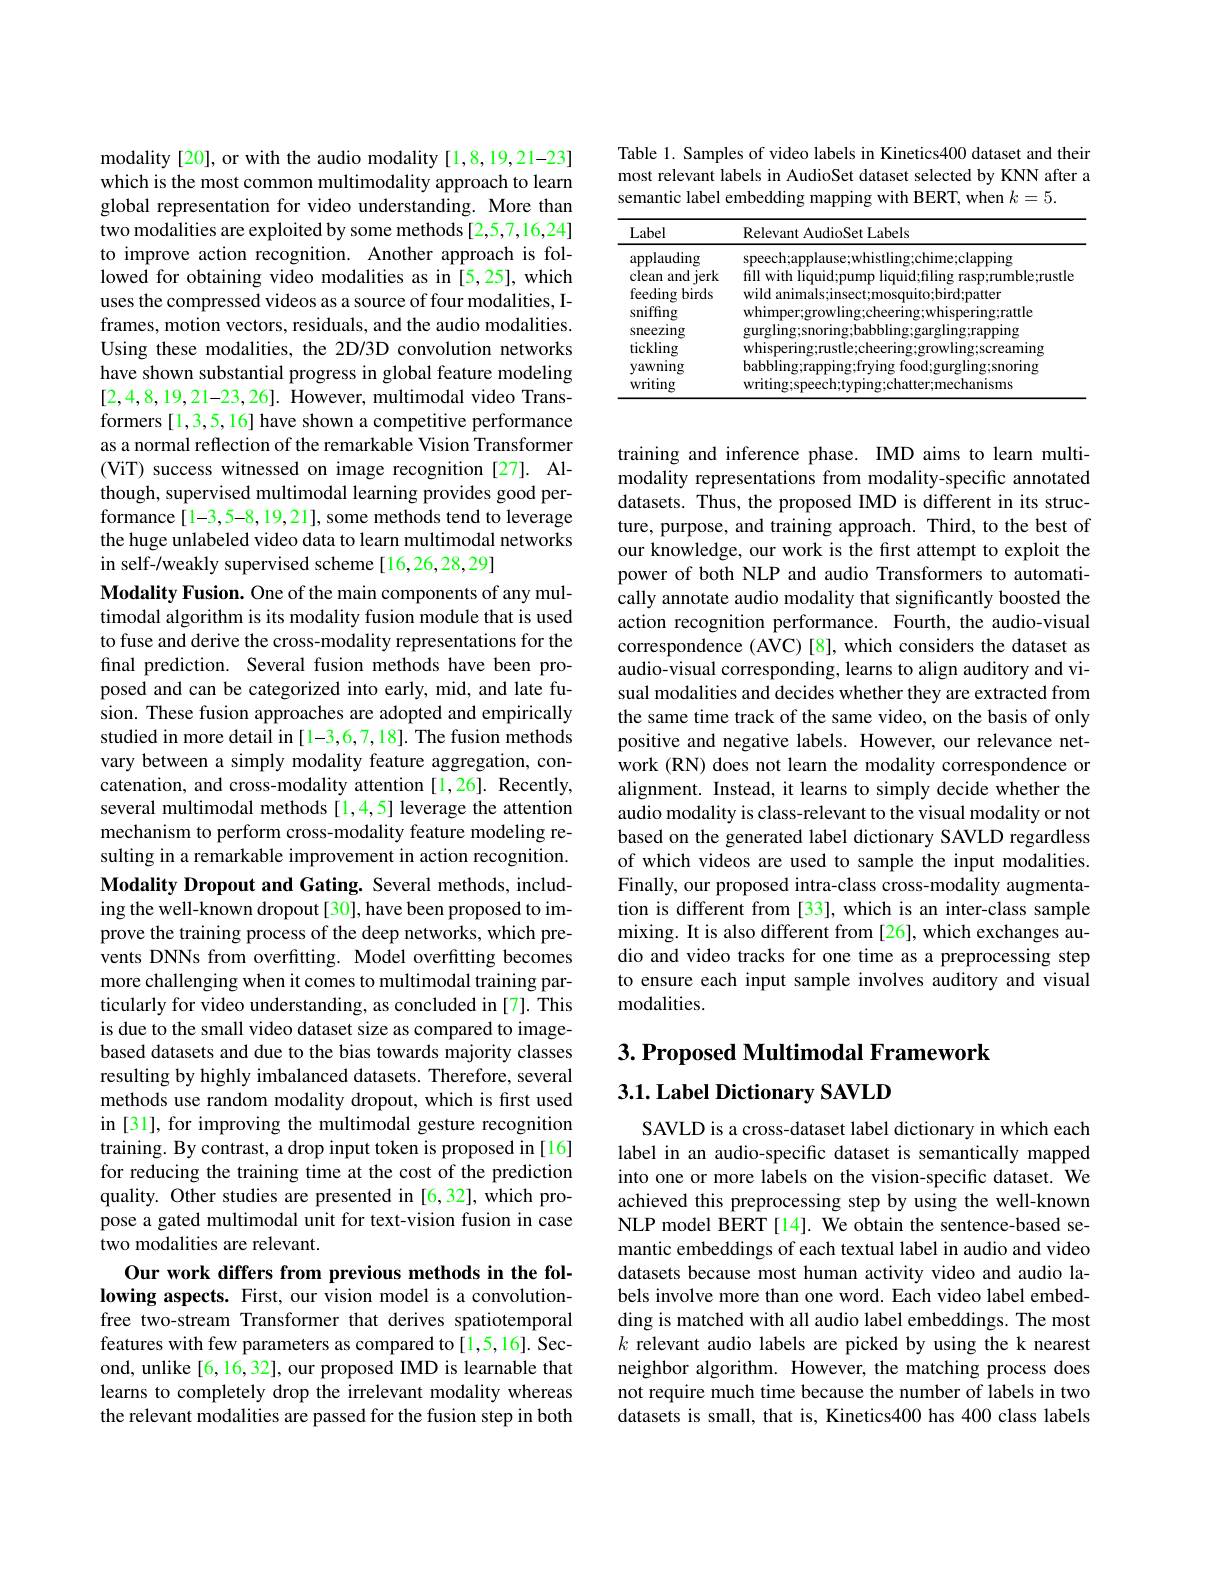
modality [20], or with the audio modality [1,8,19,21-23] which is the most common multimodality approach to learn global representation for video understanding. More than two modalities are exploited by some methods [2,5,7,16,24] to improve action recognition. Another approach is followed for obtaining video modalities as in [5,25], which uses the compressed videos as a source of four modalities, Iframes, motion vectors, residuals, and the audio modalities. Using these modalities, the 2D/3D convolution networks have shown substantial progress in global feature modeling [2,4,8,19,21-23,26]. However, multimodal video Transformers [1,3,5,16] have shown a competitive performance as a normal reflection of the remarkable Vision Transformer (ViT) success witnessed on image recognition [27]. Although, supervised multimodal learning provides good performance[1-3,5-8,19,21], some methods tend to leverage the huge unlabeled video data to learn multimodal networks in self-/weakly supervised scheme[16,26,28,29]

Modality Fusion. One of the main components of any multimodal algorithm is its modality fusion module that is used to fuse and derive the cross-modality representations for the final prediction. Several fusion methods have been proposed and can be categorized into early, mid, and late fusion. These fusion approaches are adopted and empirically studied in more detail in [1-3,6,7,18]. The fusion methods vary between a simply modality feature aggregation, concatenation, and cross-modality attention [1,26]. Recently, several multimodal methods [1,4,5] leverage the attention mechanism to perform cross-modality feature modeling resulting in a remarkable improvement in action recognition. Modality Dropout and Gating. Several methods, including the well-known dropout[30], have been proposed to improve the training process of the deep networks, which prevents DNNs from overfitting. Model overfitting becomes more challenging when it comes to multimodal training particularly for video understanding, as concluded in[7]. This is due to the small video dataset size as compared to imagebased datasets and due to the bias towards majority classes resulting by highly imbalanced datasets. Therefore, several methods use random modality dropout, which is first used in [31], for improving the multimodal gesture recognition training. By contrast, a drop input token is proposed in [16] for reducing the training time at the cost of the prediction quality. Other studies are presented in [6,32], which propose a gated multimodal unit for text-vision fusion in case two modalities are relevant.
Our work differs from previous methods in the following aspects. First, our vision model is a convolutionfree two-stream Transformer that derives spatiotemporal features with few parameters as compared to[1,5,16]. Second, unlike [6,16,32], our proposed IMD is learnable that

learns to completely drop the irrelevant modality whereas the relevant modalities are passed for the fusion step in both

Table 1. Samples of video labels in Kinetics400 dataset and their most relevant labels in AudioSet dataset selected by KNN after a semantic label embedding mapping with BERT, when $k=5.$

<table>
	<tbody>
		<tr>
			<th>Label</th>
			<th>Relevant AudioSet Labels</th>
		</tr>
	</tbody>
</table>

training and inference phase. IMD aims to learn multimodality representations from modality-specific annotated datasets. Thus, the proposed IMD is different in its structure, purpose, and training approach. Third, to the best of our knowledge, our work is the first attempt to exploit the power of both NLP and audio Transformers to automatically annotate audio modality that significantly boosted the action recognition performance. Fourth, the audio-visual correspondence (AVC)[8], which considers the dataset as audio-visual corresponding, learns to align auditory and visual modalities and decides whether they are extracted from the same time track of the same video, on the basis of only positive and negative labels. However, our relevance network (RN) does not learn the modality correspondence or alignment. Instead, it learns to simply decide whether the audio modality is class-relevant to the visual modality or not based on the generated label dictionary SAVLD regardless of which videos are used to sample the input modalities. Finally, our proposed intra-class cross-modality augmentation is different from [33], which is an inter-class sample mixing. It is also different from [26], which exchanges audio and video tracks for one time as a preprocessing step to ensure each input sample involves auditory and visual modalities.

## $3. \textbf{Proposed Multimodal Framework}$

3.1. Label Dictionary SAVLD

SAVLD is a cross-dataset label dictionary in which each label in an audio-specific dataset is semantically mapped into one or more labels on the vision-specific dataset. We achieved this preprocessing step by using the well-known NLP model BERT [14]. We obtain the sentence-based semantic embeddings of each textual label in audio and video datasets because most human activity video and audio labels involve more than one word. Each video label embedding is matched with all audio label embeddings. The most $k$ relevant audio labels are picked by using the k nearest neighbor algorithm. However, the matching process does not require much time because the number of labels in two datasets is small, that is, Kinetics400 has 400 class labels